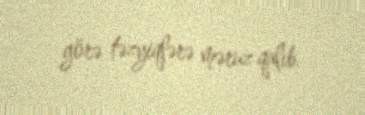
görə təzyiqlərə məruz qalıb.